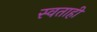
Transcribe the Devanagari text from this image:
स्वताही